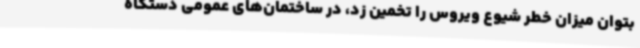
بتوان میزان خطر شیوع ویروس را تخمین زد، در ساختمان‌های عمومی دستگاه